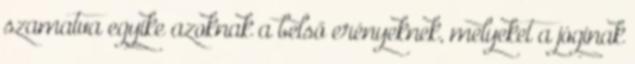
szamatva egyike azoknak a belső erényeknek, melyeket a jóginak